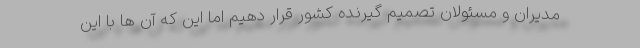
مدیران و مسئولان تصمیم گیرنده کشور قرار دهیم اما این که آن ها با این